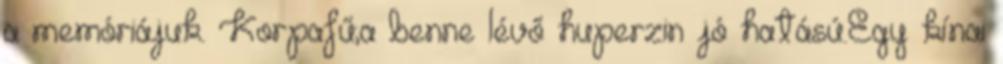
a memóriájuk. Korpafű;a benne lévő huperzin jó hatású.Egy kínai